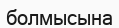
болмысына